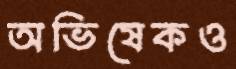
অভিষেকও